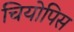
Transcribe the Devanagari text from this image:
चियोपिस